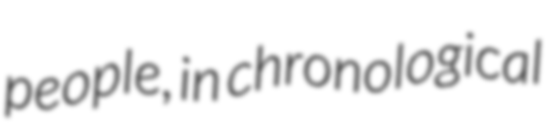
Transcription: people, in chronological